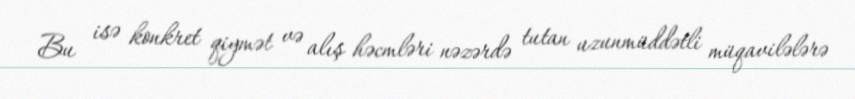
Bu isə konkret qiymət və alış həcmləri nəzərdə tutan uzunmüddətli müqavilələrə